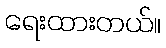
ရေးထားတယ်။